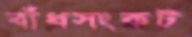
বাঁধসংকট